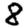
Digit: 8